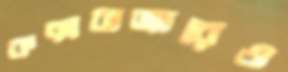
কক্সবাজারেও